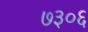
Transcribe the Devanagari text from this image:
७३०६